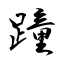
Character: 蹱